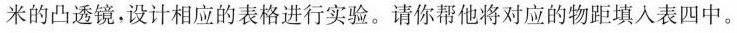
米的凸透镜，设计相应的表格进行实验。请你帮他将对应的物距填入表四中。